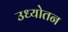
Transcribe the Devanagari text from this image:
उध्योतन